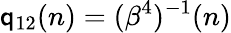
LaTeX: \mathsf{q}_{12}(n)=(\beta^{4})^{-1}(n)